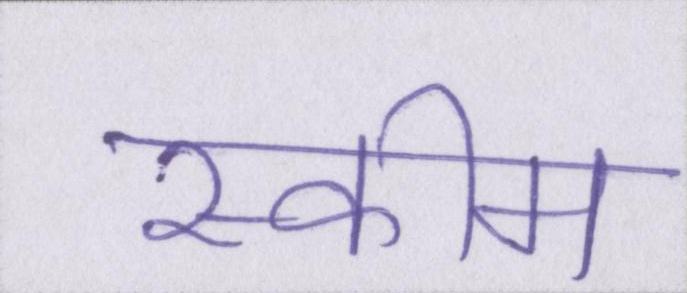
स्कीम